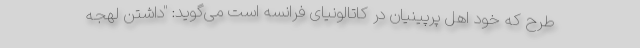
طرح که خود اهل پرپینیان در کاتالونیای فرانسه است می‌گوید: "داشتن لهجه